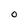
Character: O